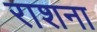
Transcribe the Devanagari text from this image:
राशना